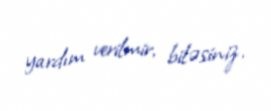
yardım verilmir, biləsiniz.